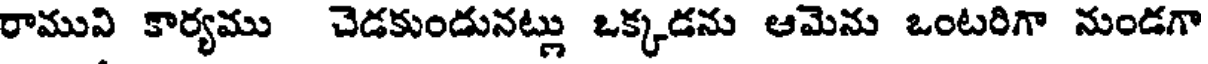
రామువి కార్యము చెడకుండునట్లు ఒక్కడను ఆమెను ఒంటరిగా నుండగా